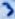
Text: 3